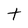
Character: t